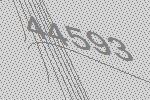
44593